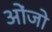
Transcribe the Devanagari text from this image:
ओंजो